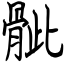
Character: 骴